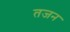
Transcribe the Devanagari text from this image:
तजन